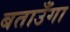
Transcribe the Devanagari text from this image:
बताउँगा